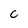
Character: c